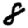
Digit: 8